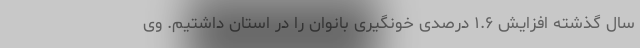
سال گذشته افزایش ۱.۶ درصدی خونگیری بانوان را در استان داشتیم. وی